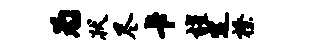
为状尽卡耀定榛